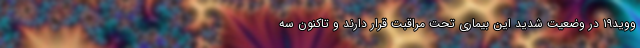
ووید۱۹ در وضعیت شدید این بیماری تحت مراقبت قرار دارند و تاکنون سه